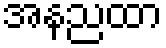
အနညထာ